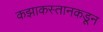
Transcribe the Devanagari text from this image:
कझाकस्तानकडून